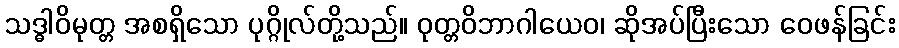
သဒ္ဓါဝိမုတ္တ အစရှိသော ပုဂ္ဂိုလ်တို့သည်။ ဝုတ္တဝိဘာဂါယေဝ၊ ဆိုအပ်ပြီးသော ဝေဖန်ခြင်း